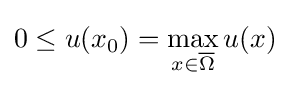
0\leq u(x_{0})=\max _{x\in {\overline {\Omega }}}u(x)